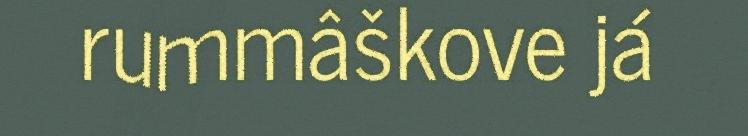
rummâškove já